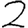
Digit: 2